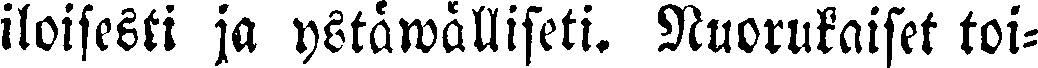
iloisesti ja ystäwälliseti. Nuorukaiset toi-